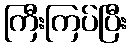
ကြီးကြပ်ပြီး